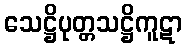
သေဋ္ဌိပုတ္တသဋ္ဌိကူဋာ